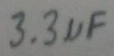
Text: 3.3µF